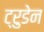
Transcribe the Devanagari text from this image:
ट्रुडेन